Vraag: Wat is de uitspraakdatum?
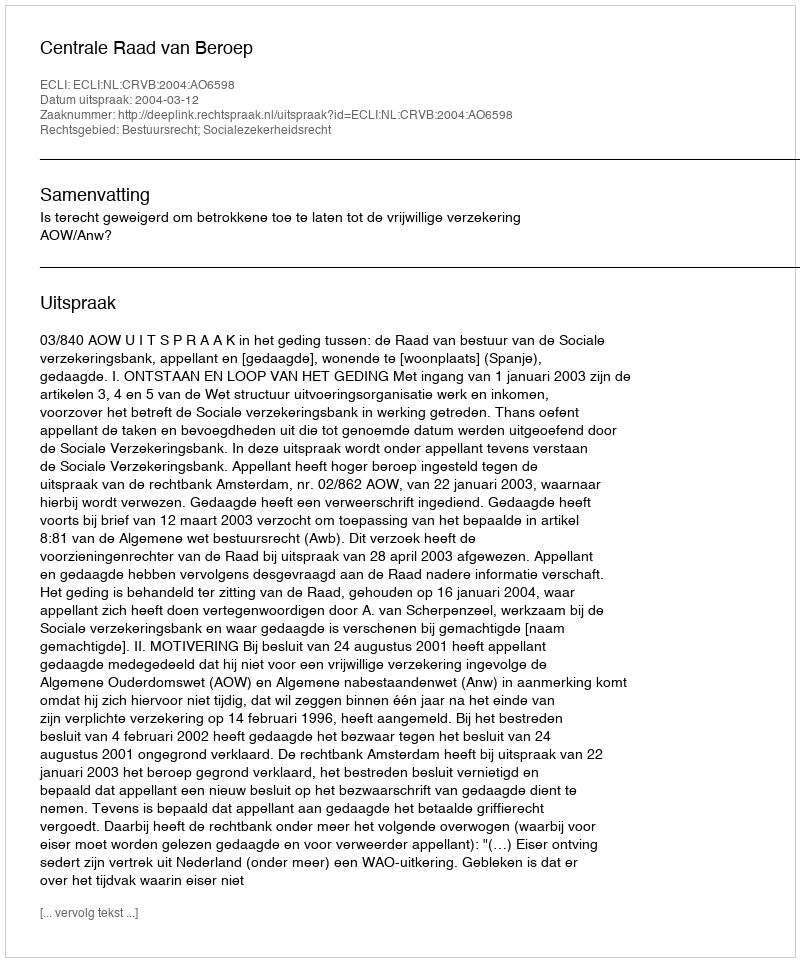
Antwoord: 2004-03-12